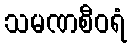
သမဏစီဝရံ